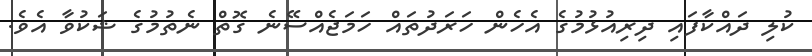
ކުލި ދައްކާފައި ދިރިއުޅުމުގެ އެހެން ހަރަދުތައް ހަމަޖެއްސޭނެ ގޮތް ނެތުމުގެ ޝަކުވާ އެވެ.